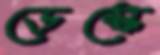
ডেস্কে